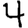
Digit: 4